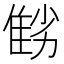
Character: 𨾻